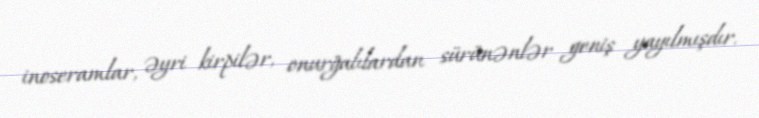
inoseramlar, əyri kirpilər, onurğalılardan sürünənlər geniş yayılmışdır.